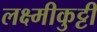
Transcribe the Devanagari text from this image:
लक्ष्मीकुट्टी